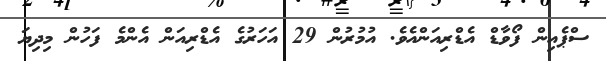
ސްޕެއިން ފޯވާޑް އެޑްރިއަންއެވެ. އުމުރުން 29 އަހަރުގެ އެޑްރިއަން އެންމެ ފަހުން މިދިޔަ